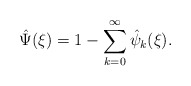
\begin{align*}\hat{\Psi}(\xi)=1-\sum_{k=0}^\infty \hat{\psi}_k(\xi).\end{align*}